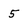
Character: 5